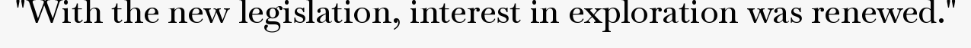
"With the new legislation, interest in exploration was renewed."